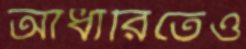
আঁধারিতেও